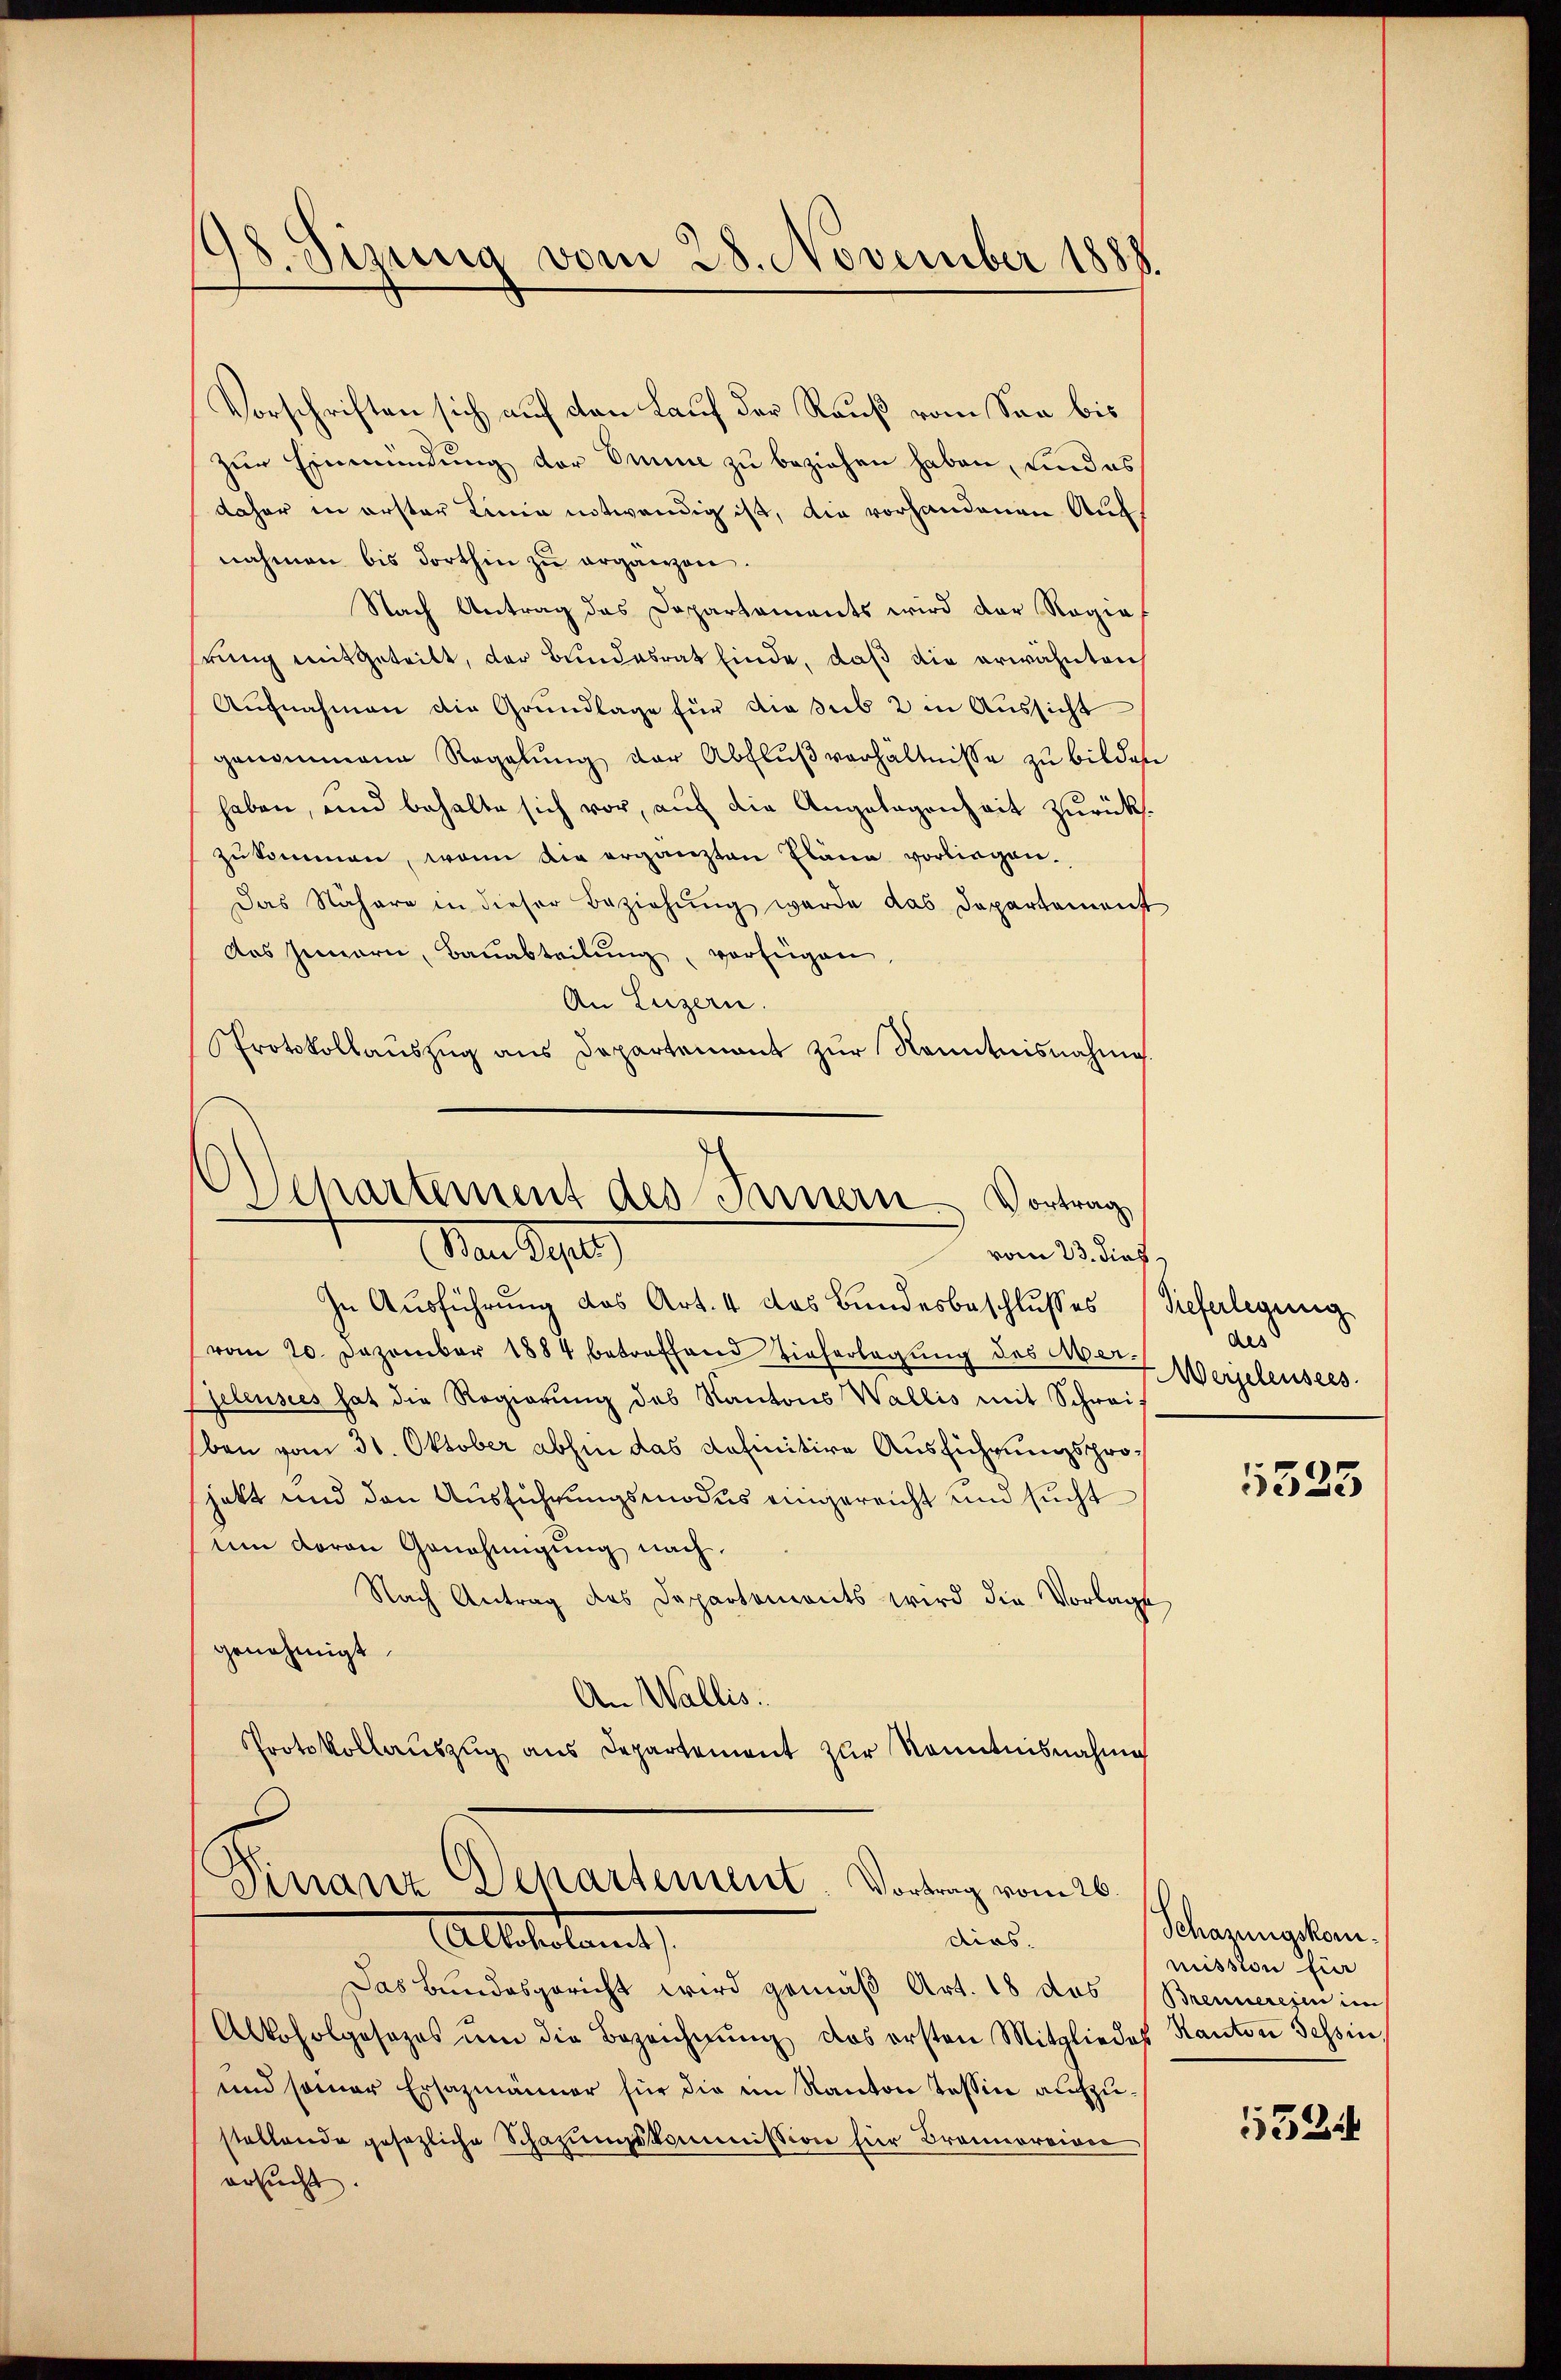
s. Sizung vom 28. November 1888.

Vorschriften sich auf den Lauf der Rauß vom San bis
zur Einmündung der Omme zu beziehen haben, und es
daher in erster Linie notwendig ist, die vorhandenen Aufnahmen bis dorthin zŭ erganzen.
Nach Antrag das Dapartaments wird der Regie
hrung mitgeteilt, der Bundesrat finde, daß die erwähnten
Aŭfnahmen die Grŭndlage für die sub 2 in Aŭssicht
genommene Regelŭng der Abflußverhältnisse zu bilden
haben, und behalte sich vor, auf die Angelegenheit zurückszukommen, wenn die ergänzten Pläne vorliegen.
Das Nähere in dieser Beziehung wurde das Departement
das Innern, Bauabteilŭng, vorfügen,
An Luzern.
Protokollauszug aus Departement zur Kenntnisnahme

Departement des Innern Vortrag
Man de
vom 23. dies

In Ausführung des Art. 4 das Bundesbeschlusses (Vieferlegung
vom 20. Dezember 1884 betreffend hieferlegung des Mer¬
Gelensees hat die Regierung des Kantons Wallis mit Schweif
ben vom 30. Oktober abhin das definitive Ausführungsprojett und den Ausführungsmodus eingereicht und sucht
um davon Genehmigung nach
Nach Antrag des Departements wird die Vorlage
genehmigt.
An Wallis.
Protokollauszug aus Departement zur Kenntnisnahme

Das Bundesgericht wird gemäß Art. 18 des Brennereien im
Alkoholgosazos ŭm die Bezeichnŭng des ersten Mitgliedes Kanton Tessin,
und seiner Ersazmänner für die im Kanton Tessin aufzustellende gesezliche Schazungskommission für Bramortion
ersucht.

Finanz Departement. Vortrag vom 26.
dirs.
Alterlangt,

des
Meijeleusees.
1325

Schazungskommission fin

1524